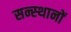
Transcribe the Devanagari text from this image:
सन्स्थानों